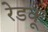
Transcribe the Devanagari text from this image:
रेडकू